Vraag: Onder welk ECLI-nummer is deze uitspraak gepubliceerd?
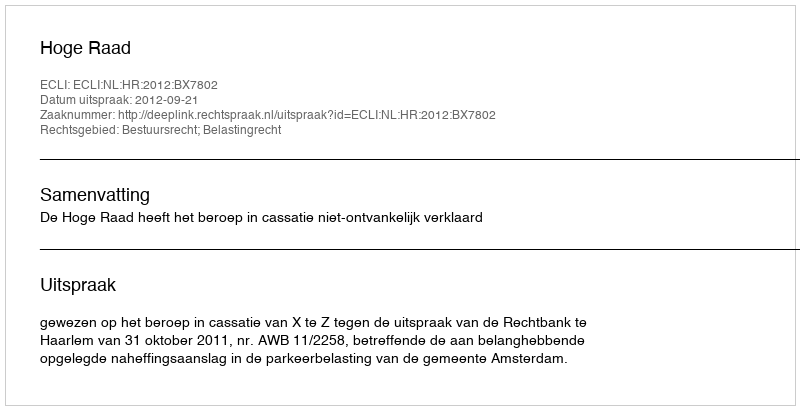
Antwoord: ECLI:NL:HR:2012:BX7802